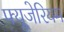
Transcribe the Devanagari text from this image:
फ्यूजेरियम